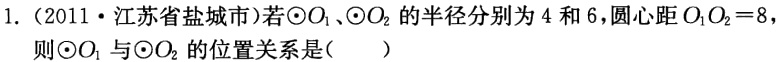
1.（2011·江苏省盐城市）若\(\odot O_{1}\)、\(\odot O_{2}\)的半径分别为\(4\)和\(6\)，圆心距\(O_{1}O_{2}=8\)，则\(\odot O_{1}\)与\(\odot O_{2}\)的位置关系是（  ）